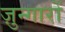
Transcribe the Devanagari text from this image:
ज़ुन्गारों